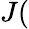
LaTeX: J(